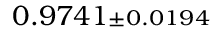
0 . 9 7 4 1 { \scriptstyle \pm 0 . 0 1 9 4 }